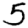
Digit: 5